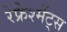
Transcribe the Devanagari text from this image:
रेफ्रेश्मेंट्स